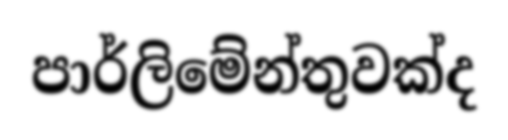
පාර්ලිමේන්තුවක්ද